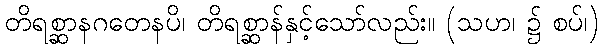
တိရစ္ဆာနဂတေနပိ၊ တိရစ္ဆာန်နှင့်သော်လည်း။ (သဟ၊ ၌ စပ်၊)